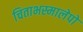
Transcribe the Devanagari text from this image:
चिताभस्मालेपो